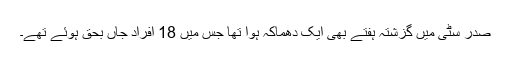
صدر سٹی میں گزشتہ ہفتے بھی ایک دھماکہ ہوا تھا جس میں 18 افراد جاں بحق ہوئے تھے۔